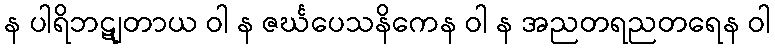
န ပါရိဘဋျတာယ ဝါ န ဇင်္ဃပေသနိကေန ဝါ န အညတရညတရေန ဝါ